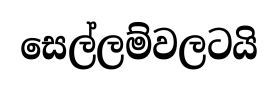
සෙල්ලම්වලටයි